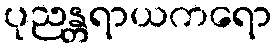
ပုညန္တရာယကရော